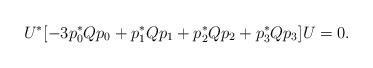
LaTeX: \begin{align*} U^* [ -3p_0^* Q p_0 + p_1^* Q p_1 + p_2^* Q p_2 + p_3^* Q p_3 ] U = 0.\end{align*}